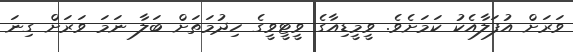
ވަރަށް އުފަލާއެކު ކަމަށެވެ. ވީމީޑިއާގެ ވީޓީވީގެ ހިދުމަތަށް ބަލާ ނަމަ ވަރަށް ގިނަ